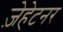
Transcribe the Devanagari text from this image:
ज़ेहेटनर